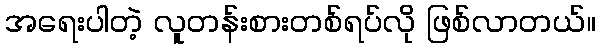
အရေးပါတဲ့ လူတန်းစားတစ်ရပ်လို ဖြစ်လာတယ်။